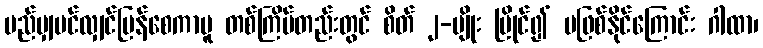
မည်မျှပင်လျှင်မြန်စေကာမူ တစ်ကြိမ်တည်းတွင် စိတ် ၂-မျိုး ပြိုင်၍ မဖြစ်နိုင်ကြောင်း ဂါထာ၊